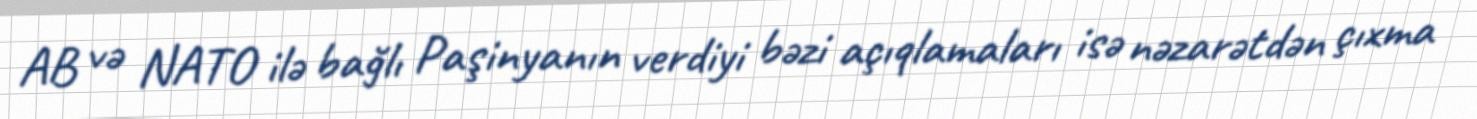
AB və NATO ilə bağlı Paşinyanın verdiyi bəzi açıqlamaları isə nəzarətdən çıxma